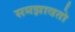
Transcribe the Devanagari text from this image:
समझावतो